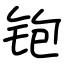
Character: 铇